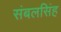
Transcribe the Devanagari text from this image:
संबलसिंह